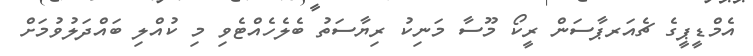
އެމްޑީޕީގެ ޗެއަރޕާސަން ރީކޯ މޫސާ މަނިކު ރިޔާސަތު ބެލެހެއްޓެވި މި ކުއްލި ބައްދަލުވުމަށް